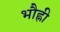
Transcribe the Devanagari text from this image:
भौह्नी